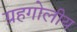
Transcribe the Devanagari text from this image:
ग्रहगोलीय